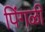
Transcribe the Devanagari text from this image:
पिंगळी